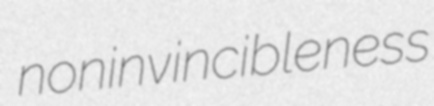
noninvincibleness